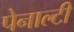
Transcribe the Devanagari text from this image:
पेनाल्‍टी